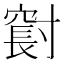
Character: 𪧼